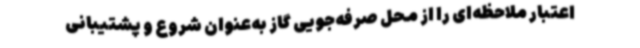
اعتبار ملاحظه‌ای را از محل صرفه‌جویی گاز به‌عنوان شروع و پشتیبانی